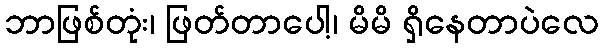
ဘာဖြစ်တုံး၊ ဖြတ်တာပေါ့၊ မိမိ ရှိနေတာပဲလေ